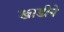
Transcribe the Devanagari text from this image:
खाडीने